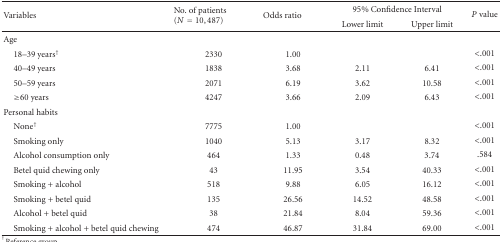
| <ROWSPAN=2> Variables | <ROWSPAN=2> No. of patients (N = 10,487) | <ROWSPAN=2> Odds ratio | <COLSPAN=2> 95% Confidence Interval | <ROWSPAN=2> P value |
 | Lower limit | Upper limit |
 | --- | --- | --- | --- | --- | --- |
 | Age |  |  |  |  |  |
 | 18–39 years† | 2330 | 1.00 |  |  | <.001 |
 | 40–49 years | 1838 | 3.68 | 2.11 | 6.41 | <.001 |
 | 50–59 years | 2071 | 6.19 | 3.62 | 10.58 | <.001 |
 | ≥60 years | 4247 | 3.66 | 2.09 | 6.43 | <.001 |
 | Personal habits |  |  |  |  |  |
 | None† | 7775 | 1.00 |  |  | <.001 |
 | Smoking only | 1040 | 5.13 | 3.17 | 8.32 | <.001 |
 | Alcohol consumption only | 464 | 1.33 | 0.48 | 3.74 | .584 |
 | Betel quid chewing only | 43 | 11.95 | 3.54 | 40.33 | <.001 |
 | Smoking + alcohol | 518 | 9.88 | 6.05 | 16.12 | <.001 |
 | Smoking + betel quid | 135 | 26.56 | 14.52 | 48.58 | <.001 |
 | Alcohol + betel quid | 38 | 21.84 | 8.04 | 59.36 | <.001 |
 | Smoking + alcohol + betel quid chewing | 474 | 46.87 | 31.84 | 69.00 | <.001 |